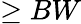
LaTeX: \ge BW